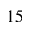
1 5